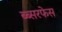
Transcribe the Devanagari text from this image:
ब्ब्सरफेस